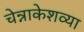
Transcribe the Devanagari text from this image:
चेन्नाकेशव्या